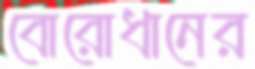
বোরোধানের